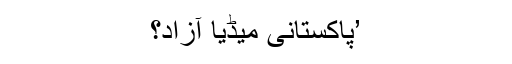
’پاکستانی میڈیا آزاد؟